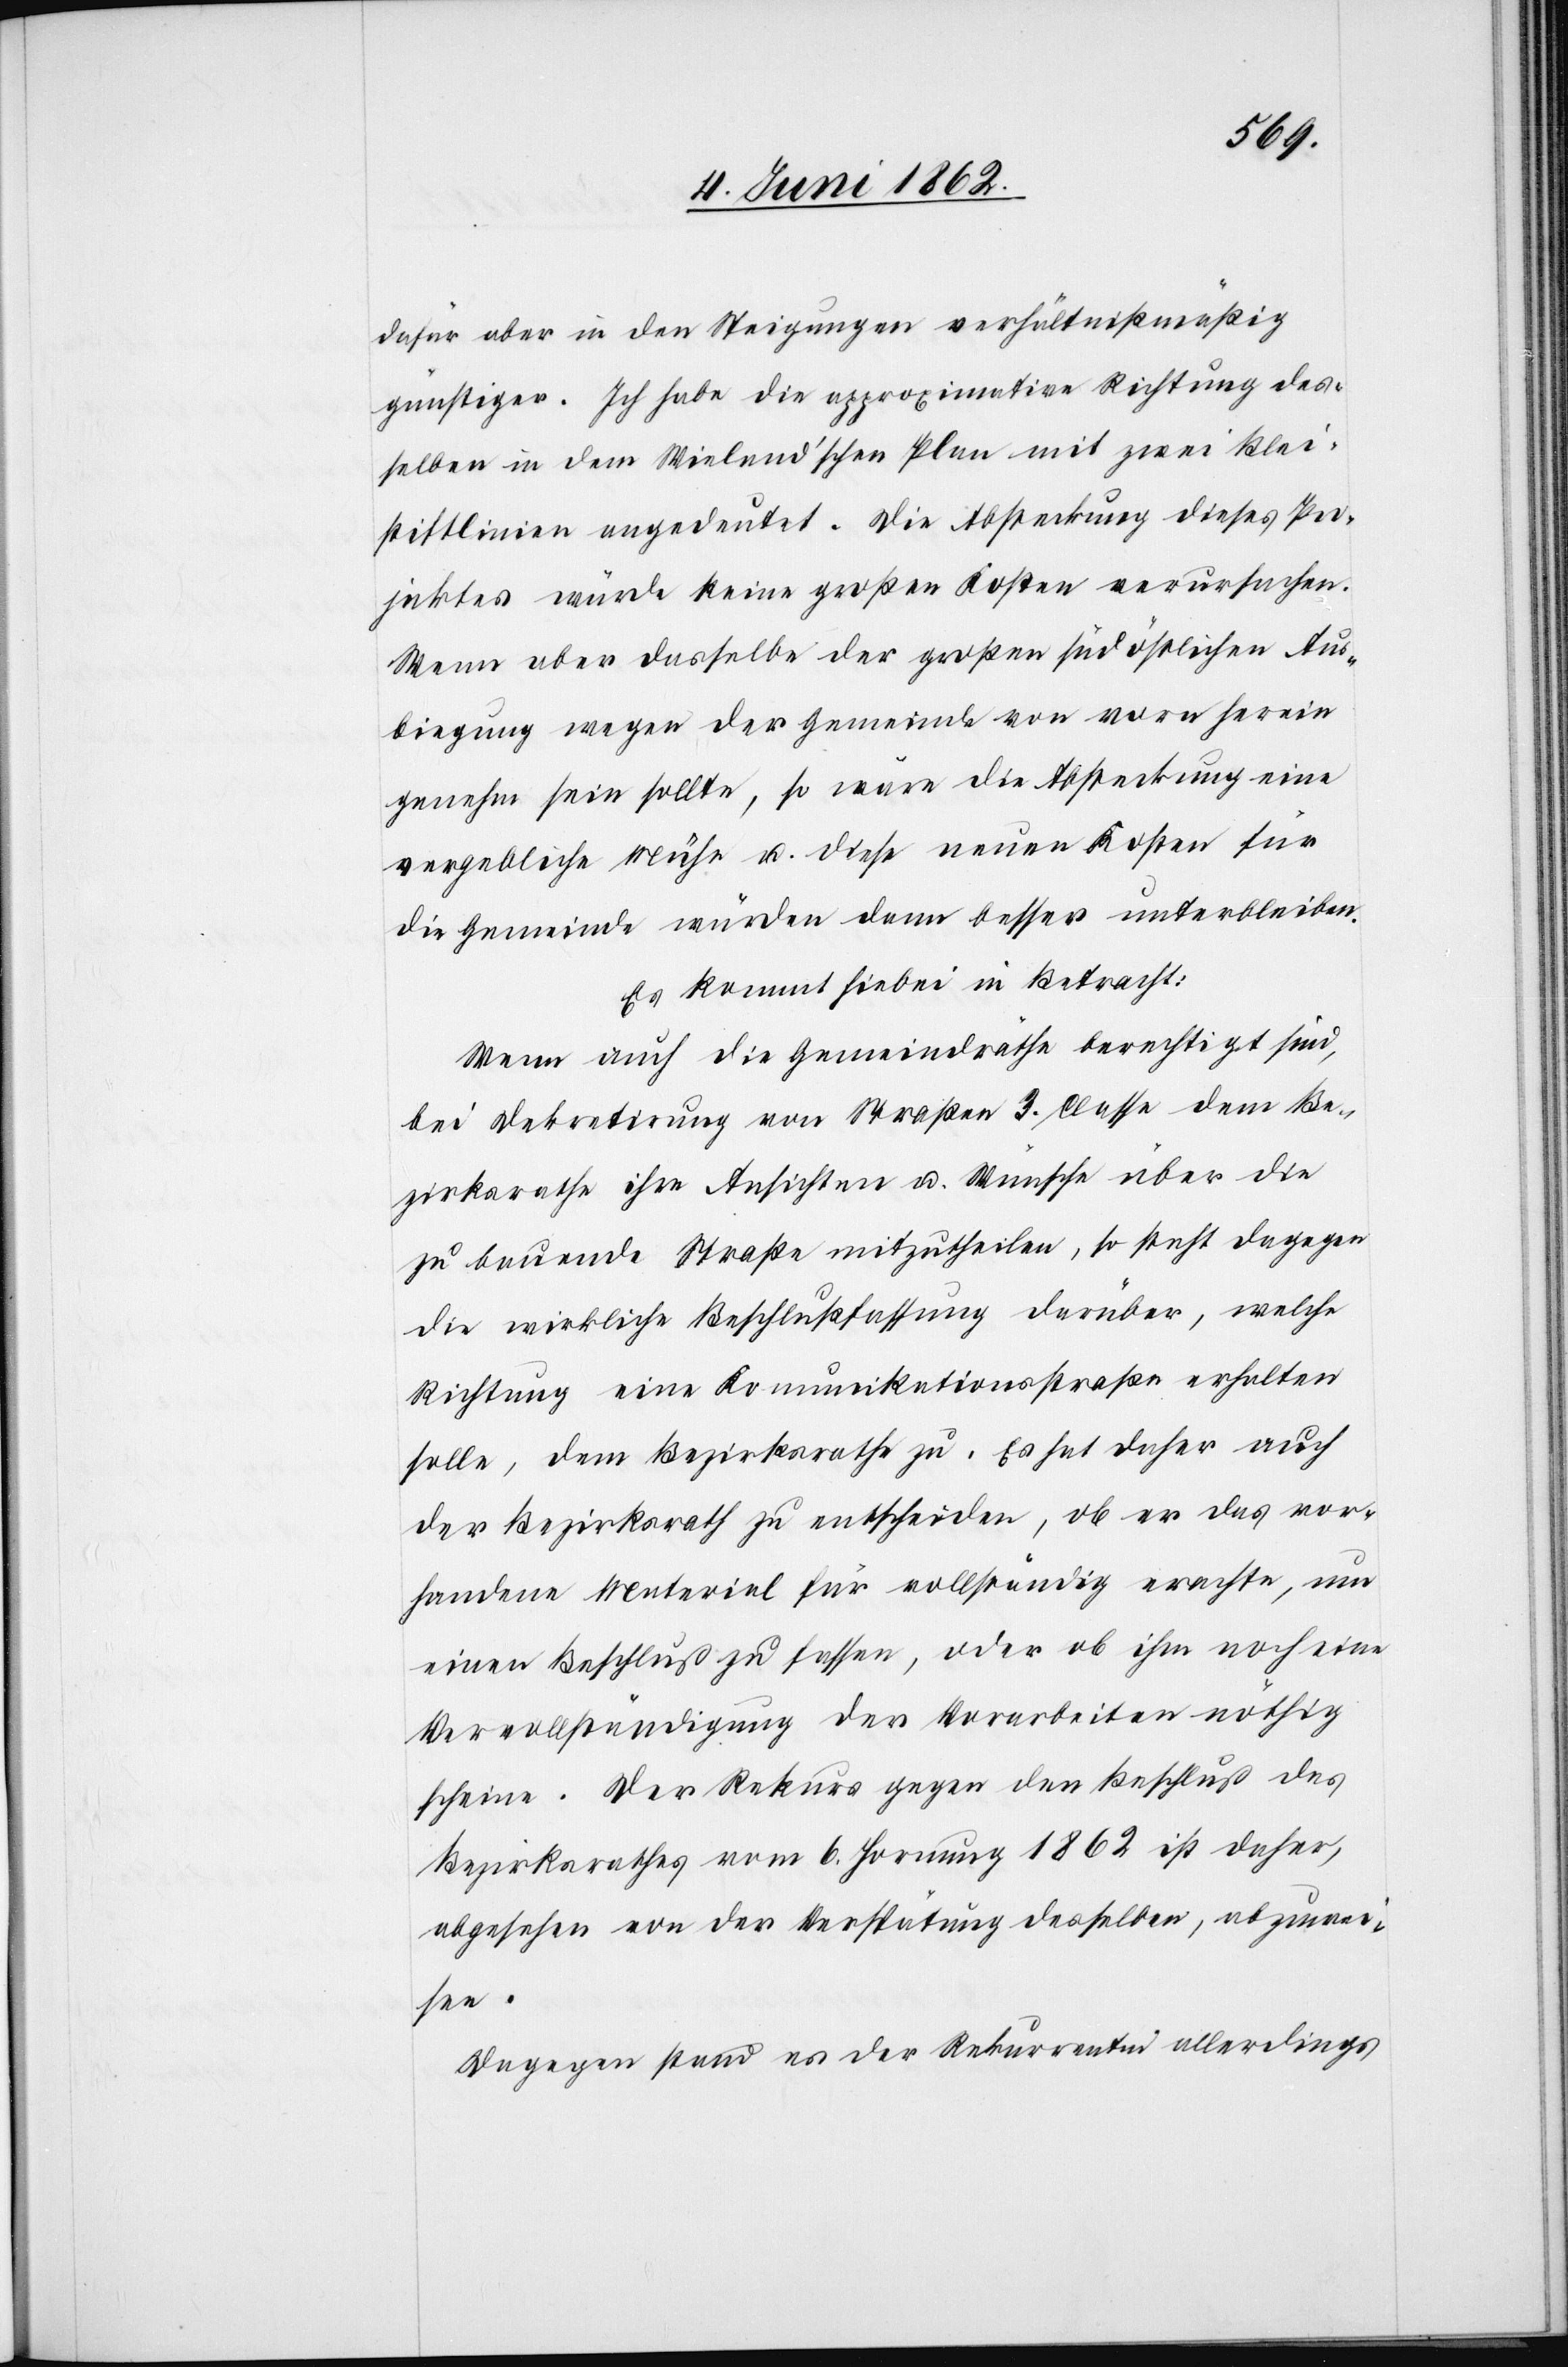
dafür aber in den Steigungen verhältnißmäßig
günstiger. Ich habe die approximative Richtung des¬
selben in dem Wieland’schen Plan mit zwei Blei¬
stiftlinien angedeutet. Die Abstreckung dieses Pro¬
jektes würde keine großen Kosten verursachen.
Wenn aber dasselbe der großen südöstlichen Aus¬
biegung wegen der Gemeinde von vorn herein
genehm sein sollte, so wäre die Absteckung eine
vergebliche Mühe u. diese neuen Kosten für
die Gemeinde würden dann besser unterbleiben.
Es kommt hiebei in Betracht:
Wenn auch die Gemeindräthe berechtigt sind,
bei Dekretirung von Straßen 3. Classe dem Be¬
zirksrathe ihre Ansichten u. Wünsche über die
zu bauende Straße mitzutheilen, so steht dagegen
die wirkliche Beschlußfassung darüber, welche
Richtung eine Kommunikationsstraße erhalten
solle, dem Bezirksrathe zu. Es hat daher auch
der Bezirksrath zu entscheiden, ob er das vor¬
handene Material für vollständig erachte, um
einen Beschluß zu fassen, oder ob ihm noch eine
Vervollständigung der Vorarbeiten nöthig
scheine. Der Rekurs gegen den Beschluß des
Bezirksrathes vom 6. Hornung 1862 ist daher,
abgesehen von der Verspätung desselben, abzuwei¬
sen.
Dagegen stand es der Rekurrentin allerdings